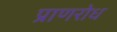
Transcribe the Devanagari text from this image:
प्राणरोध